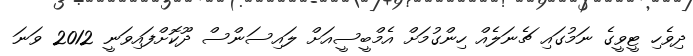
ދިވެހި ޓީވީގެ ނަމުގައި ޗެނަލެއް ހިންގުމަށް އެމްބީސީއަށް ލައިސަންސް ދޫކޮށްފައިވަނީ 2012 ވަނަ